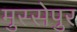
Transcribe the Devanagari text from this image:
मुस्सेपुर